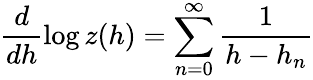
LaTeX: \frac d{dh}\log z(h)=\sum_{n=0}^{\infty}\frac 1{h-h_{n}}